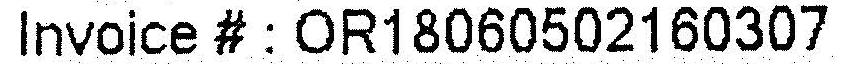
INVOICE # : OR18060502160307